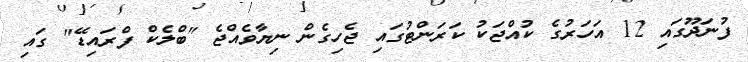
ފުނަދޫގައި 12 އަހަރުގެ ކުއްޖަކު ކަރަންޓުގައި ޖެހިގެން ނިޔާވެއްޖެ "ބްލެކް ފްރައިޑޭ" ގައި